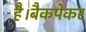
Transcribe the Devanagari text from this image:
है।बैकपेकर